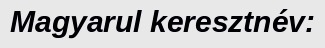
Magyarul keresztnév: